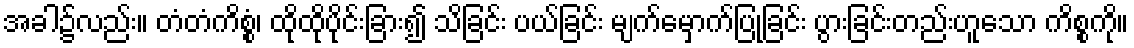
အခါ၌လည်း။ တံတံကိစ္စံ၊ ထိုထိုပိုင်းခြား၍ သိခြင်း ပယ်ခြင်း မျက်မှောက်ပြုခြင်း ပွားခြင်းတည်းဟူသော ကိစ္စကို။